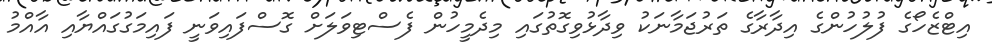
އިޓްޒެހޯގެ ފުލުހުންގެ އިދާރާގެ ތަރުޖަމާނަކު ވިދާޅުވިގޮތުގައި މިދެމީހުން ފެސްޓިވަލަށް ގޮސްފައިވަނީ ފައިމަގުގައްޔާއި އާއްމު